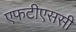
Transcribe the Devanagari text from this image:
एफटीएससी